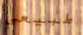
طبيعى